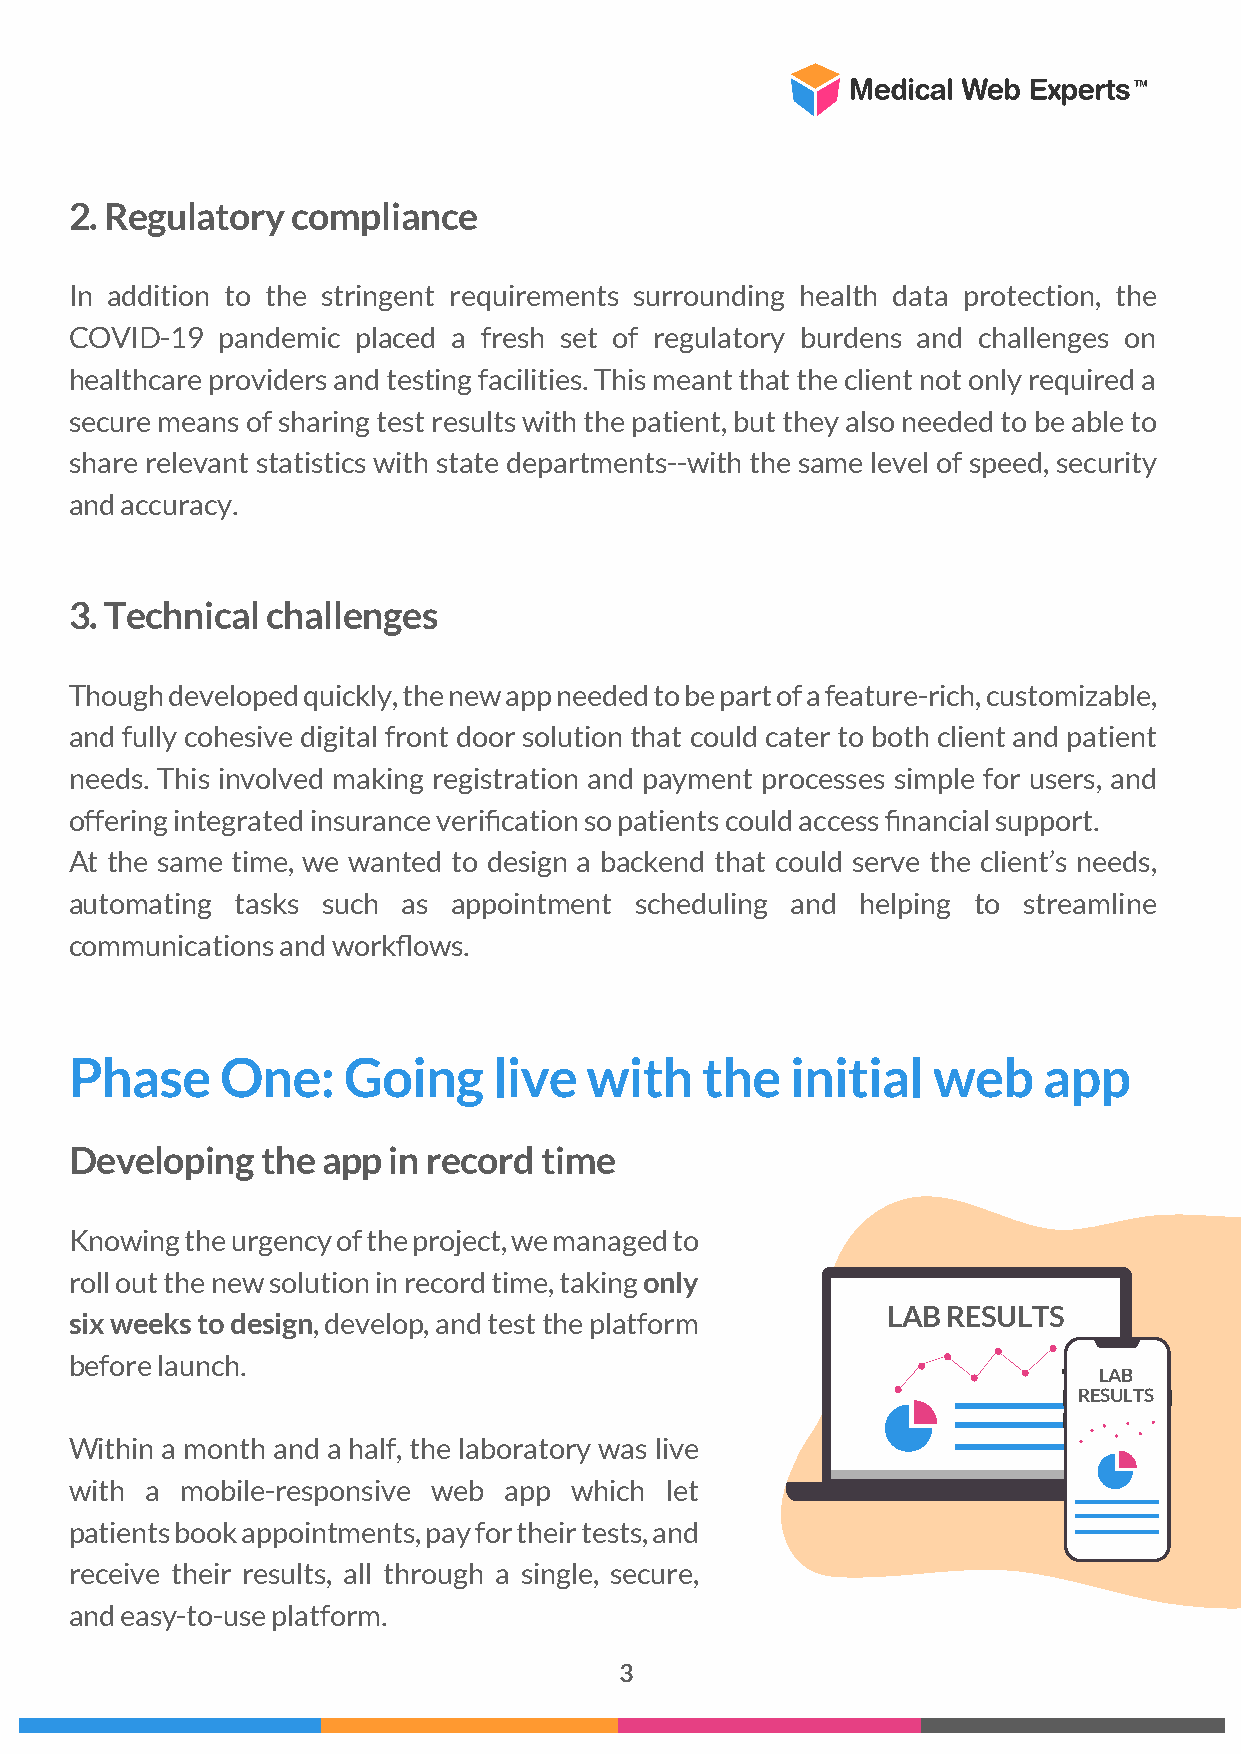
2. Regulatory compliance
 In addition to the stringent requirements surrounding health data protection, the
 COVID-19  pandemic placed a fresh set of regulatory burdens and challenges on
 healthcare providers and testing facilities. This meant that the client not only required a
 secure means of sharing test results with the patient, but they also needed to be able to
 share relevant statistics with state departments--with the same level of speed, security
 and accuracy.
 3. Technical challenges
 Though developed quickly, the new app needed to be part of a feature-rich, customizable,
 and fully cohesive digital front door solution that could cater to both client and patient
 needs. This involved making registration and payment processes simple for users, and
 offering integrated insurance verification so patients could access financial support.
 At the same time, we wanted to design a backend that could serve the client’s needs,
 automating tasks such as appointment scheduling and helping to streamline
 communications and workflows.
 Phase     One:    Going     live  with   the   initial   web    app
 Developing  the app  in record time
 Knowing the urgency of the project, we managed to
 roll out the new solution in record time, taking only
 LAB RESULTS
 six weeks to design, develop, and test the platform
 before launch.
 LAB
 RESULTS
 Within a month and a half, the laboratory was live
 with a mobile-responsive web app which let
 patients book appointments, pay for their tests, and
 receive their results, all through a single, secure,
 and easy-to-use platform.
 3